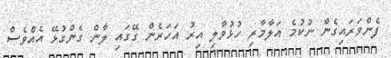
ފެންވަރައިގެން ނުކުމެ އަލާމާރި ހުޅުވާލި އިރު އަހަރެން ގޭގައި ލާން ގެންގުޅޭ އެއްވެސް